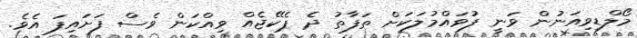
މޯލްޑިވިއަނުން ވަނީ ފުވައްމުލަކަށް ތަފާތު ދެ ޕެކޭޖެއް ވިއްކަން ވެސް ފަށައިފަ އެވެ.